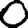
Digit: 0